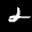
Label: 2